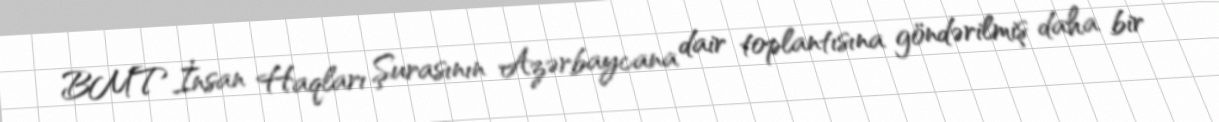
BMT İnsan Haqları Şurasının Azərbaycana dair toplantısına göndərilmiş daha bir